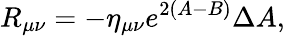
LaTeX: R_{\mu\nu}=-\eta_{\mu\nu}e^{2(A-B)}\Delta A,